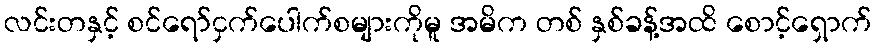
လင်းတနှင့် စင်ရော်ငှက်ပေါက်စများကိုမူ အမိက တစ် နှစ်ခန့်အထိ စောင့်ရှောက်